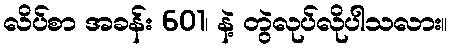
လိပ်စာ အခန်း 601၊ နဲ့ တွဲလုပ်လိုပါသလား။